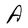
Character: A